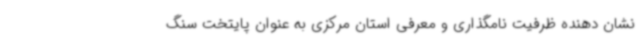
نشان دهنده ظرفیت نامگذاری و معرفی استان مرکزی به عنوان پایتخت سنگ